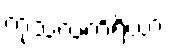
ကုသလကိရိယာ